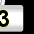
Digit: 3